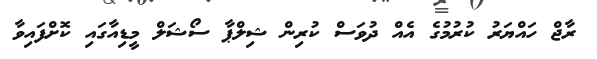
ރާޖް ހައްޔަރު ކުރުމުގެ އެއް ދުވަސް ކުރިން ޝިލްޕާ ސޯޝަލް މީޑިއާގައި ކޮށްފައިވާ